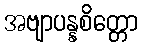
အဗျာပန္နစိတ္တော